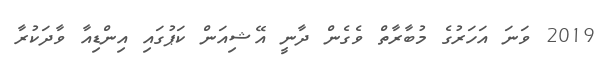
2019 ވަނަ އަހަރުގެ މުބާރާތް ވެގެން ދާނީ އޭޝިއަން ކަޕުގައި އިންޑިއާ ވާދަކުރާ